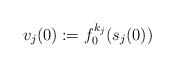
LaTeX: \begin{align*}v_j(0):=f_{0}^{k_j}(s_j(0))\end{align*}